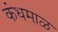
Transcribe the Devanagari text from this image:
कंधमाळ